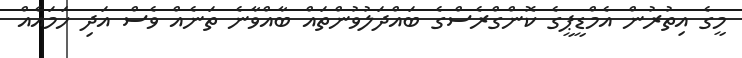
މީގެ އިތުރުން އެމްޑީޕީގެ ކޮންގްރެސްގެ ބައްދަލުވުންތައް ބާއްވާނެ ތަނެއް ވެސް އަދި ހަމައެއް